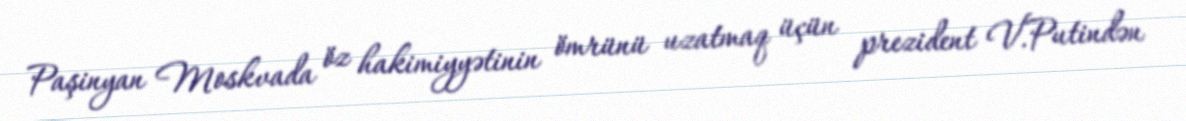
Paşinyan Moskvada öz hakimiyyətinin ömrünü uzatmaq üçün prezident V.Putindən